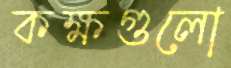
কক্ষগুলো